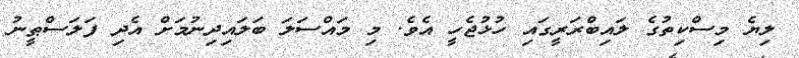
ލިޔެ މިސްކިތުގެ ލައިބްރަރީގައި ހުޅުޖެހީ އެވެ. މި މައްސަލަ ބަލައިދިނުމަށް އެދި ފަލަސްޠީނު